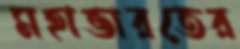
মহাভারতের